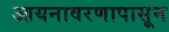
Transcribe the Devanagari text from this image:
आयनावरणापासून